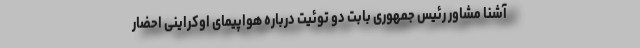
آشنا مشاور رئیس جمهوری بابت دو توئیت درباره هواپیمای اوکراینی احضار